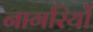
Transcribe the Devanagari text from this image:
नागरियों